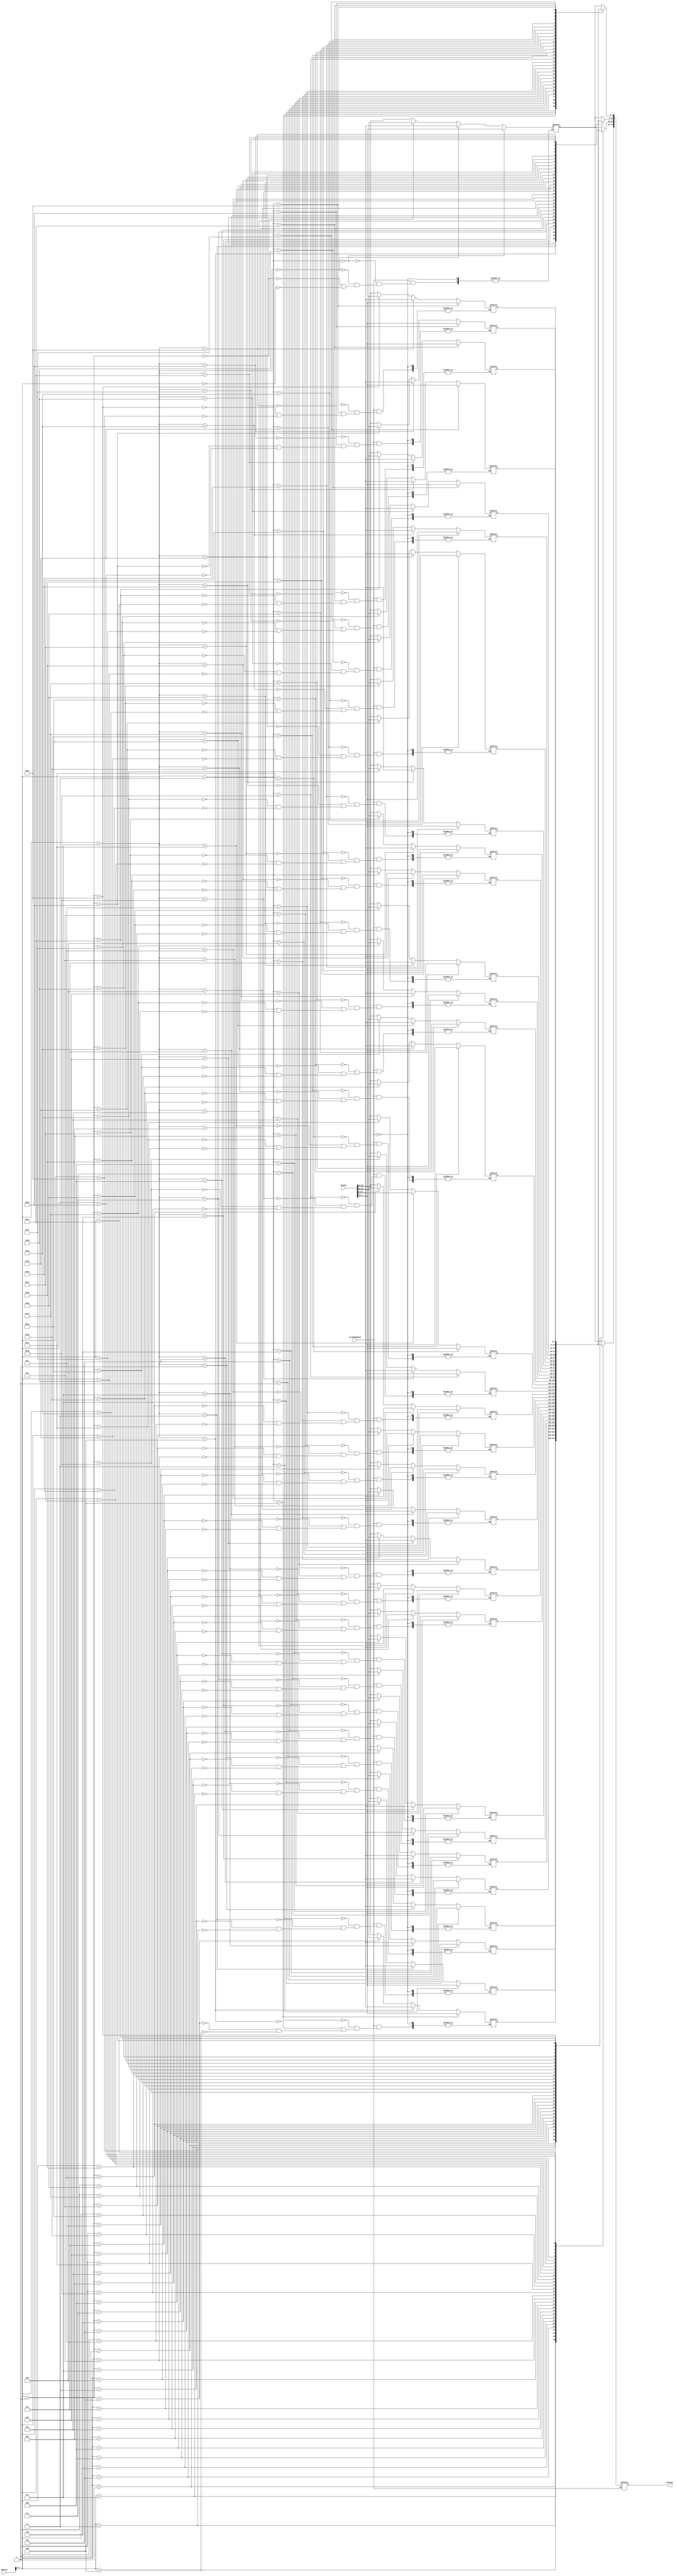
module data_mem (writeEnabled, address, dataIn, dataOut);
       
    input writeEnabled; 
    input [31:0] address;
    input [31:0]dataIn;   
    output reg [31:0] dataOut; 
    
    reg[7:0] dataMemory[0:31];
    
    initial
    begin
        dataMemory[0] <= 'hA0;
        dataMemory[1] <= 'h00;
        dataMemory[2] <= 'h00;
        dataMemory[3] <= 'hAA;
        
        dataMemory[4] <= 'h10;
        dataMemory[5] <= 'h00;
        dataMemory[6] <= 'h00;
        dataMemory[7] <= 'h11;
        
        dataMemory[8] <= 'h20;
        dataMemory[9] <= 'h00;
        dataMemory[10] <= 'h00;
        dataMemory[11] <= 'h22;
        
        dataMemory[12] <= 'h30;
        dataMemory[13] <= 'h00;
        dataMemory[14] <= 'h00;
        dataMemory[15] <= 'h33;
        
        dataMemory[16] <= 'h40;
        dataMemory[17] <= 'h00;
        dataMemory[18] <= 'h00;
        dataMemory[19] <= 'h44;
        
        dataMemory[20] <= 'h50;
        dataMemory[21] <= 'h00; 
        dataMemory[22] <= 'h00; 
        dataMemory[23] <= 'h55;
        
        dataMemory[24] <= 'h60;
        dataMemory[25] <= 'h00; 
        dataMemory[26] <= 'h00; 
        dataMemory[27] <= 'h66;
        
        dataMemory[28] <= 'h70;
        dataMemory[29] <= 'h00; 
        dataMemory[30] <= 'h00; 
        dataMemory[31] <= 'h77; 
             
        dataMemory[32] <= 'h80;
        dataMemory[33] <= 'h00;
        dataMemory[34] <= 'h00;
        dataMemory[35] <= 'h88;
        
        dataMemory[36] <= 'h90;
        dataMemory[37] <= 'h00;
        dataMemory[38] <= 'h00;
        dataMemory[39] <= 'h99;
    end
    
    always @(address, writeEnabled)
    begin
        if (writeEnabled == 0)
        begin
            //load word
            dataOut[31:24] <= dataMemory [address];
            dataOut[23:16] <= dataMemory [address+1];
            dataOut[15:8] <= dataMemory [address+2];
            dataOut[7:0] <= dataMemory [address+3];
        end
        else
        begin
            //store word
            dataMemory [address] <= dataIn[31:24];
            dataMemory [address+1] <= dataIn [23:16];
            dataMemory [address+2] <= dataIn [15:8];
            dataMemory [address+3] <= dataIn [7:0];
        end
    end

endmodule